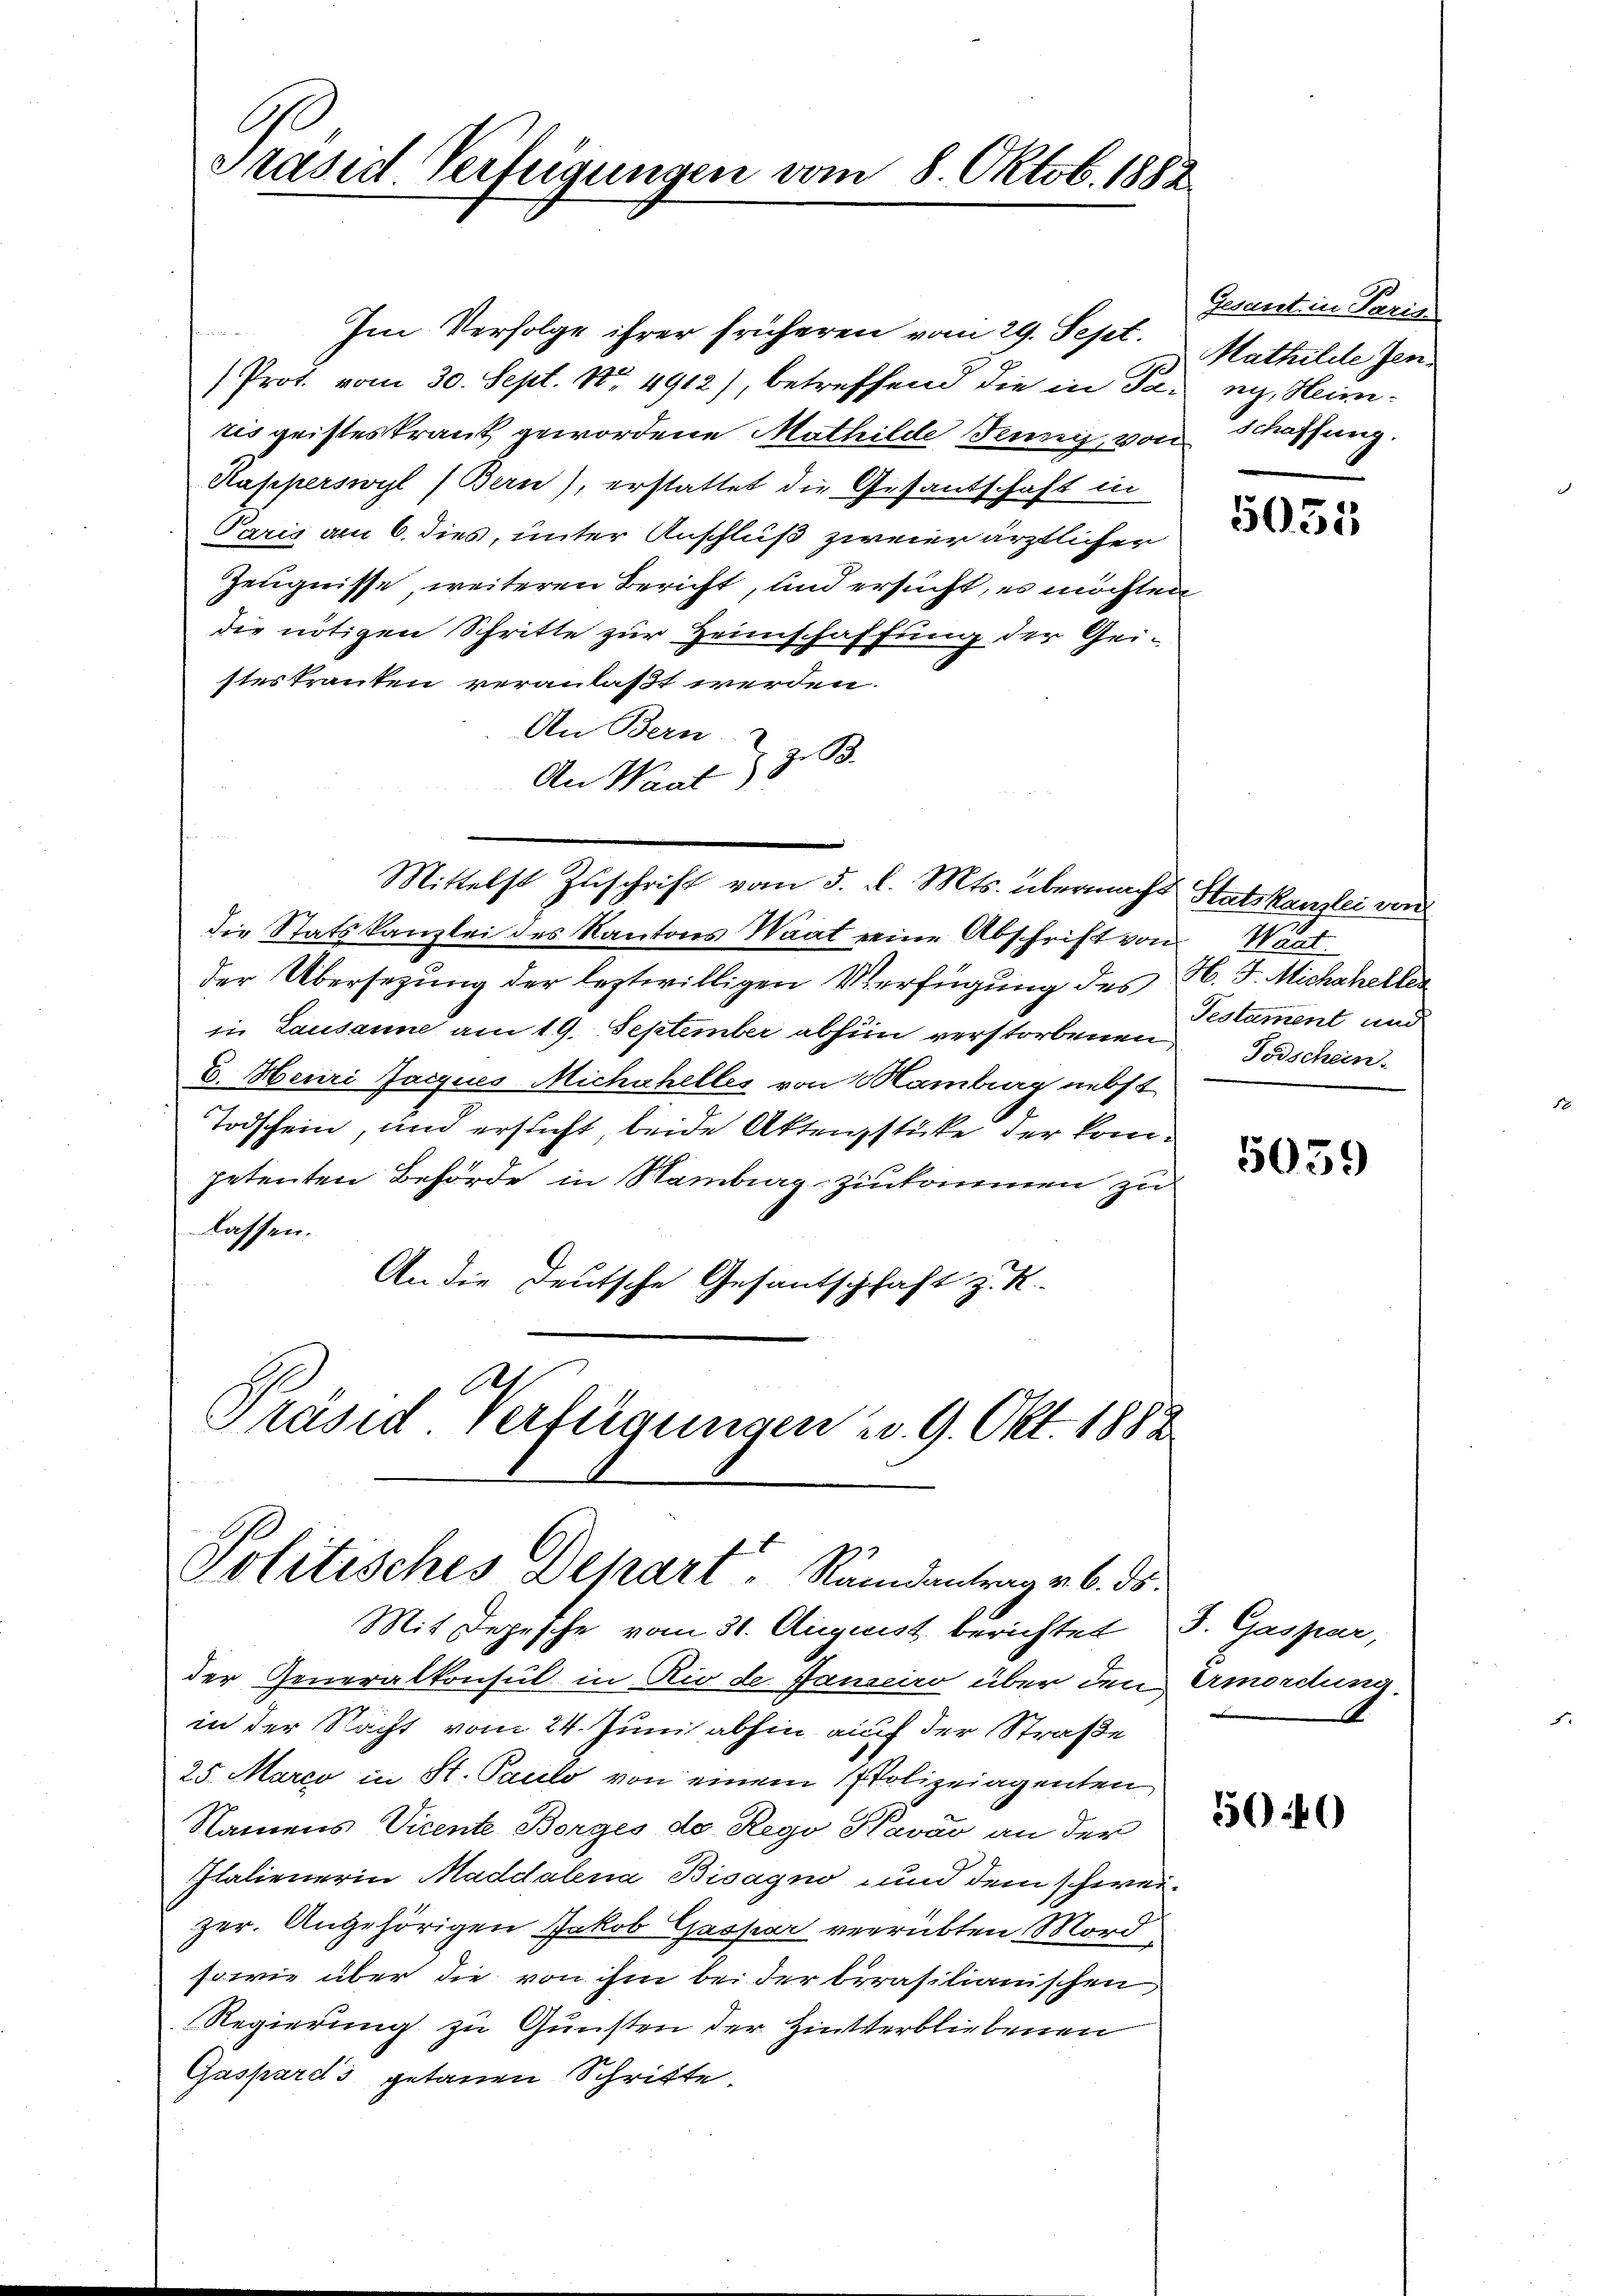
1
Präsid Verfügungen vom 8. Oktob. 1882

w
Im Verfolge ihrer früheren vom 29. Sept.
/Prot. vom 30. Sept. 18. 4912) betreffend die in Pa-
tis geisteskrank gewordene Mathilde Jenniz, von
Aapperswyl (Bern), erstattet die Gesandschaft in
Paris am 6. dies, unter Anschluß zweier ärztlicher
Zeugnisse, weiteren Bericht, und ersucht, es möchten
die nötigen Schritte zur Heimschaffung der Gei-
stes trauten veranlaßt werden.
An Bern
z. B.
An Waat)
Mittelst Zuschrift vom 5. d. Mts. übermacht Statskanzlei von
die Statskanzlei des Kantons Waat seine Abschrift von Wart
der Übersezung der leztwilligen Verfügung des H. F. Michcheller
in Lausanne am 19. September abhin verstorbenen
E. Heuri Jacques Michahelles von Mamburg nebst
Todschein, und ersucht beide Aktenzstüke der kompetenten Behörde in Sambiagzinkommen zu
lassen.
An die Deutsche Gesantschhaft z. K.
2
Präsid Verfügungen u. 9. Okt. 1882

Politisches Depart, Randantrag v. 6. ds.
Mit Depesche vom 31. August berichtet S. Gaspar,

der Generalkonsul in Rio de Janeiro über den Amordung.
in der Nacht vom 24. Juni abhin auf der Straße
25. Marco in St. Paulo von einem Polizeiagenten
Namens Vicente Borges de Rego Kavav an der
Italienerin Maddalena Bisagno, und dem schweizer. Angehörigen Jakob Gaspar verrübten Mord
sowie über die von ihm bei der berasilianischen
Regierung zu Gunsten der Hinterbliebenen
Gaspard's getanen Schritte

Gesant in Paris
Mathilde Jenniz, Heim.
schaffung.

5031

Testament und
Todschein.

5039

540